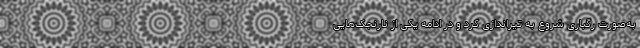
به‌صورت رگباری شروع به تیراندازی کرد و در ادامه یکی از نارنجک‌هایی